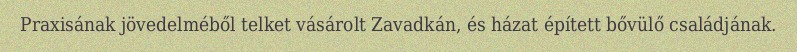
Praxisának jövedelméből telket vásárolt Zavadkán, és házat épített bővülő családjának.